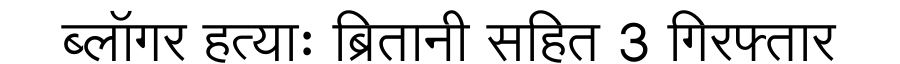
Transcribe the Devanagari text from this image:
ब्लॉगर हत्याः ब्रितानी सहित 3 गिरफ्तार